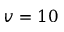
v = 1 0